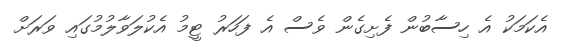
އެކަމަކު އެ ހިސާބުން ފެށިގެން ވެސް އެ ފަހަރު ޓީމު އެކުލަވާލުމުގައި ވަރަށް